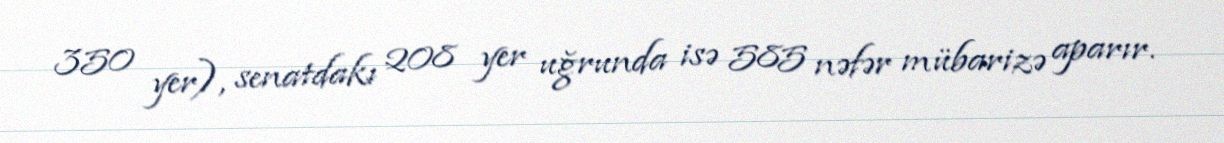
350 yer), senatdakı 208 yer uğrunda isə 585 nəfər mübarizə aparır.